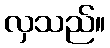
လှသည်။